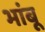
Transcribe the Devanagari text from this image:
भांबू